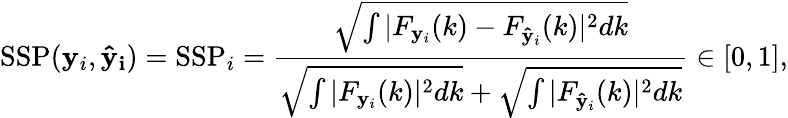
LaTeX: \mathrm{SSP}(\mathbf{y}_{i},\mathbf{\hat{y}_{i}})=\mathrm{SSP}_{i}=\frac{\sqrt{\int|F_{\mathbf{y}_{i}}(k)-F_{\mathbf{\hat{y}}_{i}}(k)|^{2}dk}}{\sqrt{\int|F_{\mathbf{y}_{i}}(k)|^{2}dk}+\sqrt{\int|F_{\mathbf{\hat{y}}_{i}}(k)|^{2}dk}}\in[0,1],